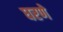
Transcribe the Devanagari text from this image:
घरणे